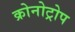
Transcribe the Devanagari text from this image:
क्रोनोट्रोप